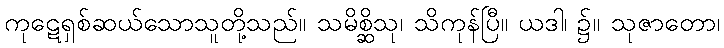
ကုဋေရှစ်ဆယ်သောသူတို့သည်။ သမိစ္ဆိသု၊ သိကုန်ပြီ။ ယဒါ၊ ၌။ သုဇာတော၊